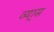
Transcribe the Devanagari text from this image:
व्या्स